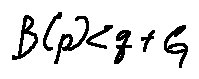
B ( p ) < q + G